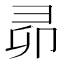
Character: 𭛍